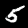
Label: 5